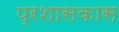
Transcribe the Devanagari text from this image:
प्रशासकास